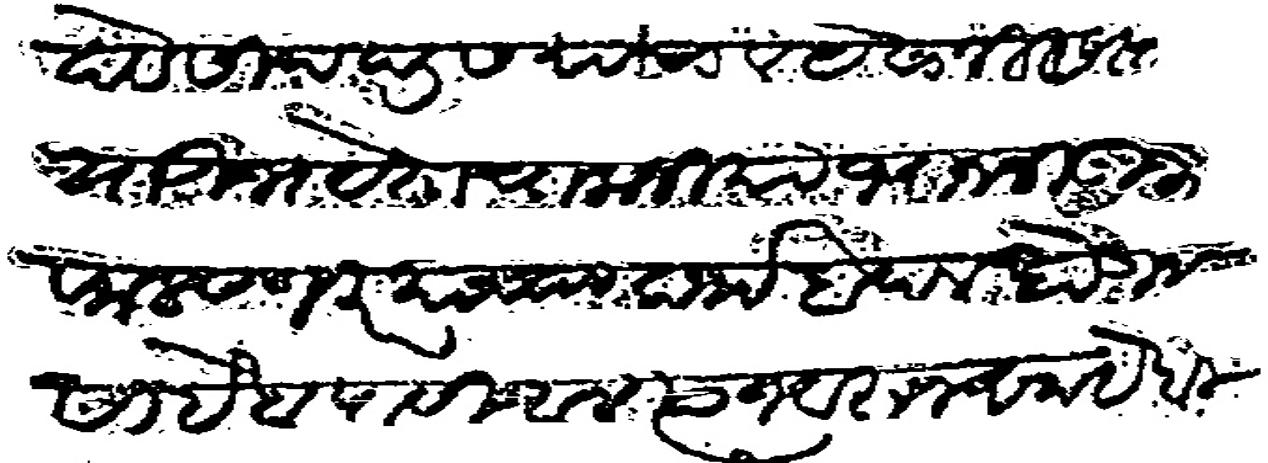
Transliteration (Devanagari): देव सिद दडस याचा व येसाजी सिंदे या उभयताचा कजीया भानजी गुजर फलटणकर याच्या कर्जा बदल होऊन साहेबा पासी आले त्यावरून साहेबी